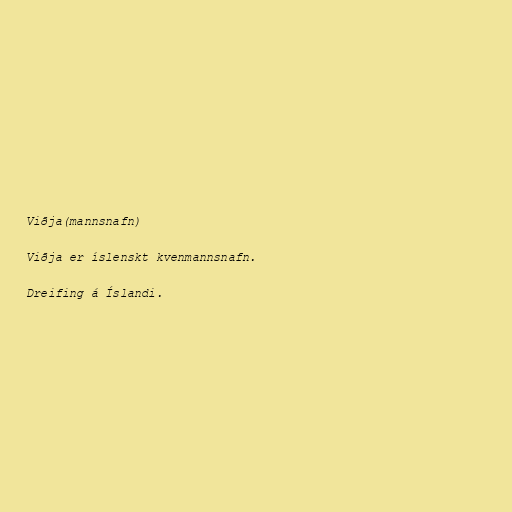
Viðja(mannsnafn)

Viðja er íslenskt kvenmannsnafn.

Dreifing á Íslandi.